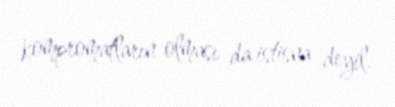
kompromatların olması da istisna deyil.